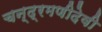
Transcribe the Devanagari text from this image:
चन्द्रमणीदेवी